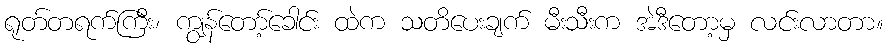
ရုတ်တရက်ကြီး၊ ကျွန်တော့်ခေါင်း ထဲက သတိပေးချက် မီးသီးက အဲဒီတော့မှ လင်းလာတာ။